Vaccination United Provinces of Agra and Oudh 1902-1913 - 1902-1913
Year: 1902
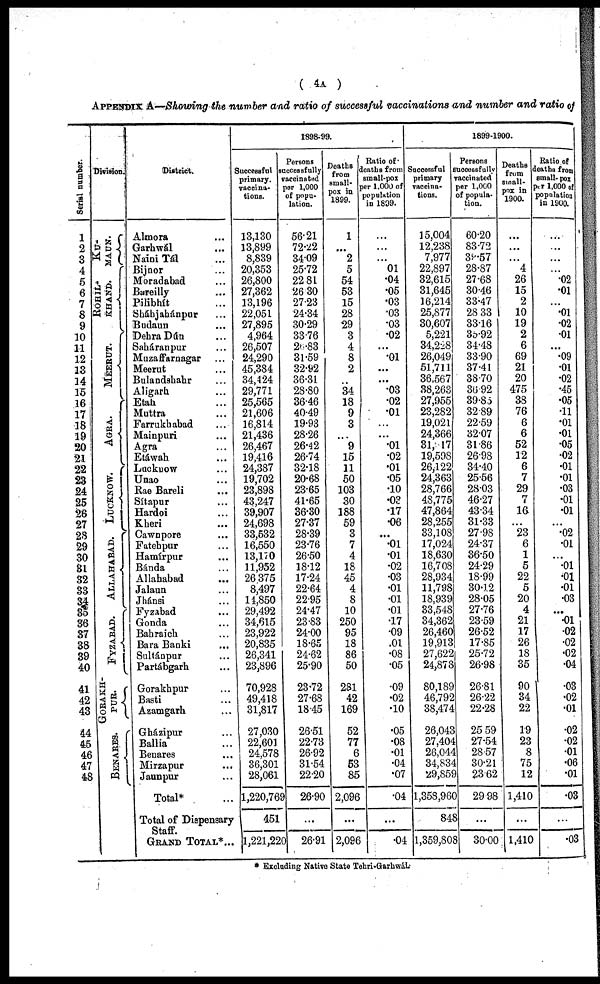
( 4A )
APPENDIX A—Showing the number and ratio of successful vaccinations and number and ratio of
Serial number.
1
2
3
4
5
6
7
8
9
10
11
12
13
14
15
16
17
18
19
20
21
22
23
24
25
26
27
28
29
30
31
32
33
34
35
36
37
38
39
40
41
42
43
44
45
46
47
48
Division.
KU-
MAUN.
ROHIL-
KHAND.
MEERUT.
AGRA.
LUCKNOW.
ALLAHABAD.
FYZABAD.
GORAKH-
PUR.
BENARES.
District.
Almora ...
Garhwál ...
Naini Tál ...
Bijnor ...
Moradabad ...
Bareilly ...
Pilibhít ...
Sháhjahánpur ...
Budaun ...
Dehra Dún ...
Saháranpur ...
Muzaffarnagar ...
Meerut ...
Bulandshahr ...
Aligarh ...
Etah ...
Muttra ...
Farrukhabad ...
Mainpuri ...
Agra ...
Etáwah ...
Lucknow ...
Unao ...
Rae Bareli ...
Sítapur ...
Hardoi ...
Kheri ...
Cawnpore ...
Fatehpur ...
Hamírpur ...
Bánda ...
Allahabad ...
Jalaun ...
Jhánsi ...
Fyzabad ...
Gonda ...
Bahraich ...
Bara Banki ...
Sultánpur ...
Partábgarh ...
Gorakhpur ...
Basti ...
Azamgarh ...
Gházipur ...
Ballia ...
Benares ...
Mirzapur ...
Jaunpur ...
Total* ...
Total of Dispensary
Staff.
GRAND TOTAL*...
1898-99.
Successful
primary.
vaccina-
tions.
13,130
13,899
8,839
20,353
26,800
27,362
13,196
22,051
27,895
4,964
26,507
24,290
45,384
34,424
29,771
25,565
21,606
16,814
21,436
26,467
19,416
24,387
19,702
23,898
43,247
39,907
24,698
33,532
16,550
13,170
11,952
26,375
8,497
14,850
29,492
34,615
23,922
20,835
26,341
23,896
70,928
49,418
31,817
27,030
22,601
24,578
36,301
28,061
1,220,769
451
1,221,220
Persons
successfully
vaccinated
per 1,000
of popu-
lation.
56.21
72.22
34.09
25.72
22.81
26.30
27.23
24.34
30.29
33.76
26.83
31.59
32.92
36.31
28.80
36.46
40.49
19.93
28.26
26.42
26.74
32.18
20.68
23.65
41.65
36.30
27.37
28.39
23.76
26.50
18.12
17.24
22.64
22.95
24.47
23.83
24.00
18.65
24.62
25.90
23.72
27.68
18.45
26.51
22.73
26.92
31.54
22.20
26.90
...
26.91
Deaths
from
small-
pox in
1899.
1
...
2
5
54
53
15
28
29
3
4
8
2
...
34
18
9
3
...
9
15
11
50
103
30
188
59
3
7
4
18
45
4
8
10
250
95
18
86
50
281
42
169
52
77
6
53
85
2,096
...
2,096
Ratio of
deaths from
small-pox
per 1,000 of
population
in 1899.
...
...
...
01
.04
.05
.03
.03
.03
.02
...
.01
...
...
.03
.02
.01
...
...
.01
.02
.01
.05
.10
.03
.17
.06
...
.01
.01
.02
.03
.01
.01
.01
.17
.09
.01
.08
.05
.09
.02
.10
.05
.08
.01
.04
.07
.04
...
.04
1899-1900.
Successful
primary
vaccina-
tions.
15,004
12,238
7,977
22,897
32,615
31,645
16,214
25,877
30,607
5,221
34,228
26,049
51,711
36,567
38,263
27,955
23,282
19,021
24,366
31,317
19,598
26,122
24,363
28,766
48,775
47,864
28,255
33,108
17,024
18,630
16,708
28,934
11,798
18,939
33,548
34,362
26,460
19,913
27,622
24,878
80,189
46,792
38,474
26,043
27,404
26,044
34,834
29,859
1,358,960
848
1,359,808
Persons
successfully
vaccinated
per 1,000
of popula-
tion.
60.20
83.72
39.57
28.87
27.68
30.46
33.47
28.33
33.16
35.92
34.48
33.90
37.41
38.70
36.92
39.85
32.89
22.59
32.07
31.86
26.98
34.40
25.56
28.03
46.27
43.34
31.33
27.98
24.37
36.50
24.29
18.99
30.12
28.05
27.76
23.59
26.52
17.85
25.72
26.98
26.81
26.22
22.28
25.59
27.54
28.57
30.21
23.62
29.98
...
30.00
Deaths
from
small-
pox in
1900.
...
...
...
4
26
15
2
10
19
2
6
69
21
20
475
38
76
6
6
52
12
6
7
29
7
16
...
23
6
1
5
22
5
20
4
21
17
26
18
35
90
34
22
19
23
8
75
12
1,410
...
1,410
Ratio of
deaths from
small- pox
per 1,000 of
population
in 1900.
...
...
...
...
.02
.01
...
.01
.02
.01
...
.09
.01
.02
.45
.05
.11
.01
.01
.05
.02
.01
.01
.03
.01
.01
...
.02
.01
...
.01
.01
.01
.03
...
.01
.02
.02
.02
.04
.03
.02
.01
.02
.02
.01
.06
.01
.03
...
.03
* Excluding Native State Tehri-Garhwál.